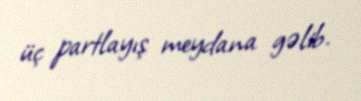
üç partlayış meydana gəlib.